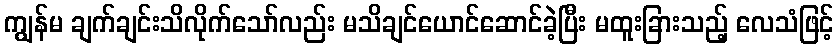
ကျွန်မ ချက်ချင်းသိလိုက်သော်လည်း မသိချင်ယောင်ဆောင်ခဲ့ပြီး မထူးခြားသည့် လေသံဖြင့်